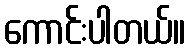
ကောင်းပါတယ်။